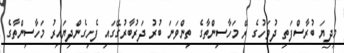
މިދިޔަ ބުރާސްފަތި ދުވަހުގެ ރޭ މަހާސިންތާގެ ތިންވަނަ ބުރު ދަރުބާރުގޭގައި ފެށިގެންދިޔައިރު މަހާސިންތާގެ